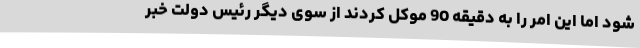
شود اما این امر را به دقیقه 90 موکل کردند از سوی دیگر رئیس دولت خبر